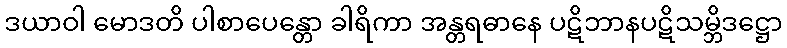
ဒယာဝါ မောဒတိ ပါစာပေန္တော ခါရိကာ အန္တရဓာနေ ပဋိဘာနပဋိသမ္ဘိဒဋ္ဌော